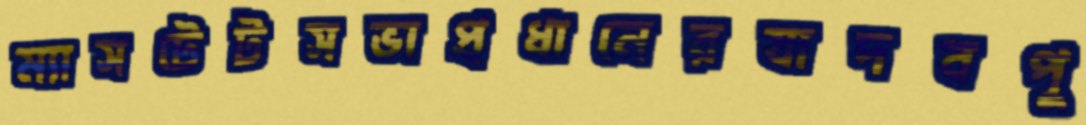
ম্যাসটেটসভাপ্রধানেরযাদবপু